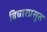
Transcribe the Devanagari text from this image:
विचारप्रसूत